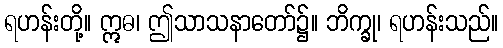
ရဟန်းတို့။ ဣဓ၊ ဤသာသနာတော်၌။ ဘိက္ခု၊ ရဟန်းသည်။